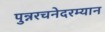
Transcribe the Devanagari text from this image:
पुन्नरचनेदरम्यान